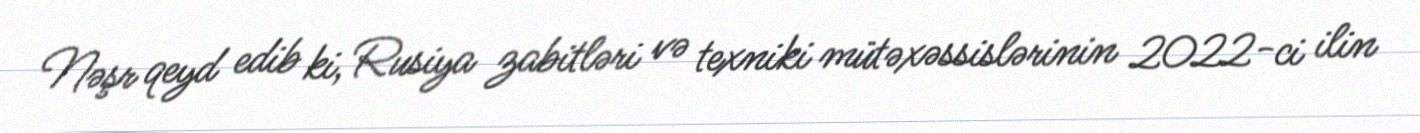
Nəşr qeyd edib ki, Rusiya zabitləri və texniki mütəxəssislərinin 2022-ci ilin